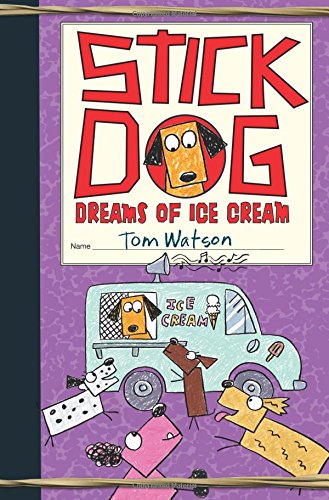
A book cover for Stick Dog Dreams of Ice Cream; Tom Watson; Children's Books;